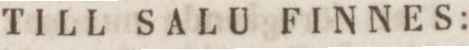
TILL SALU FINNES: